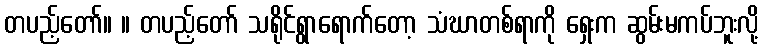
တပည့်တော်။ ။ တပည့်တော် သရိုင်ရွာရောက်တော့ သံဃာတစ်ရာကို ရှေးက ဆွမ်းမကပ်ဘူးလို့